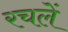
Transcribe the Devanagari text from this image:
रचलें